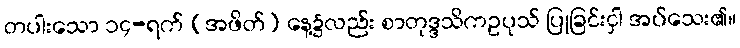
တပါးသော ၁၄-ရက် (အဖိတ်) နေ့၌လည်း စာတုဒ္ဒသိကဥပုသ် ပြုခြင်းငှါ အပ်သေး၏။